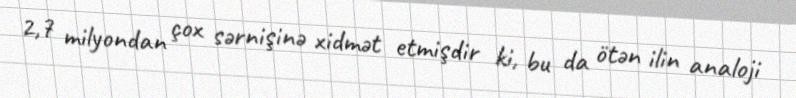
2,7 milyondan çox sərnişinə xidmət etmişdir ki, bu da ötən ilin analoji